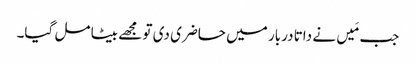
جب مَیں نے داتا دربار میں حاضری دی تو مجھے بیٹا مل گیا۔